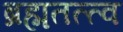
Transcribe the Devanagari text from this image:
ब्रह्मतत्त्व